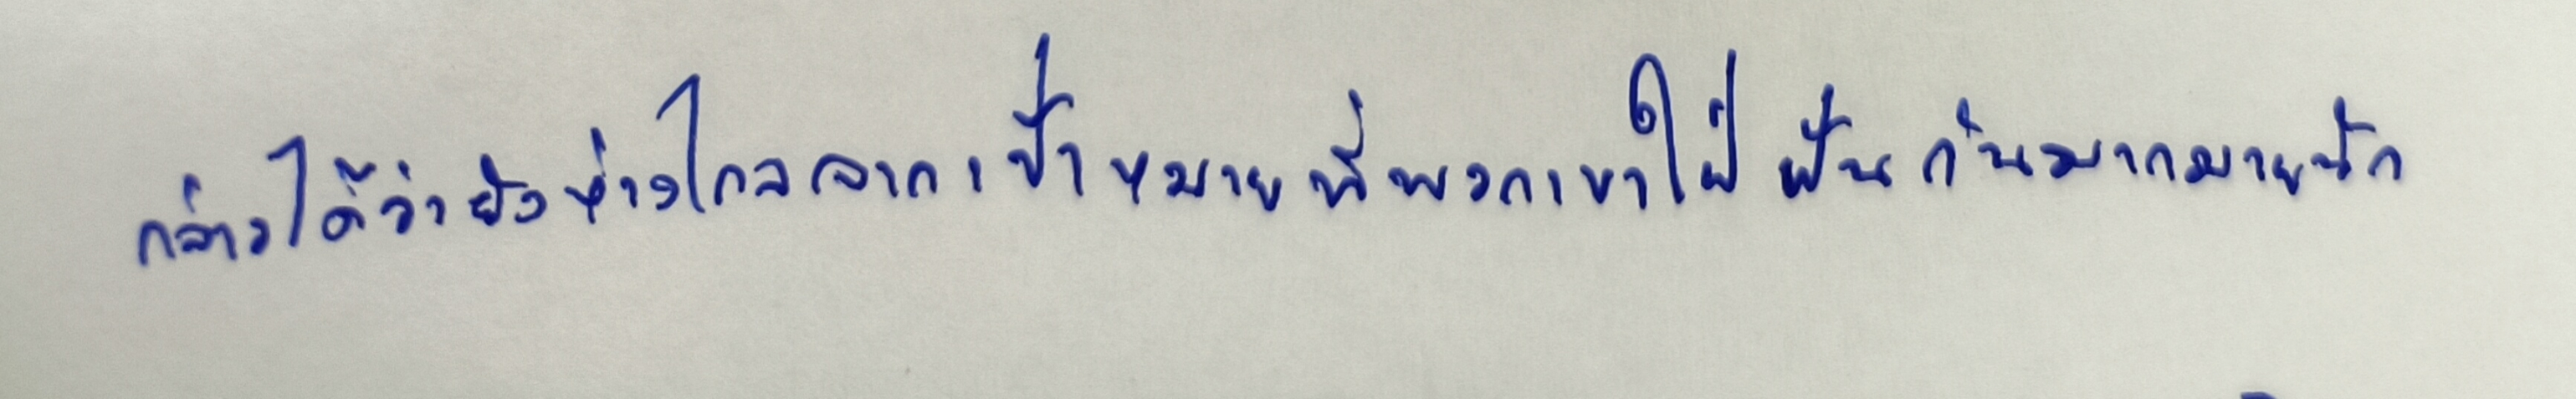
กล่าวได้ว่ายังห่างไกลจากเป้าหมายที่พวกเขาใฝ่ฝันกันมากมายนัก